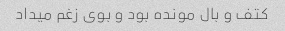
کتف و بال مونده بود و بوی زغم میداد